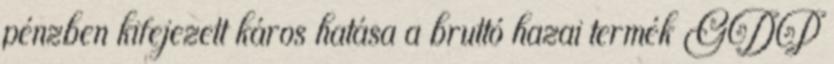
pénzben kifejezett káros hatása a bruttó hazai termék GDP